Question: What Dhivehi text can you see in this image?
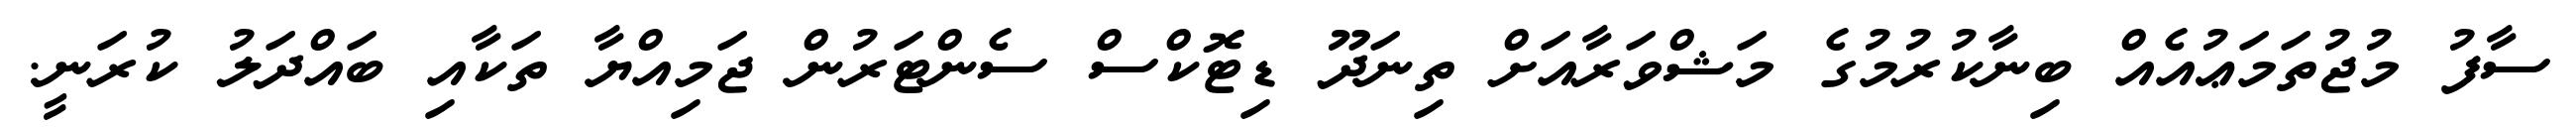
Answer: ސާފު މުޖުތަމަޢުއެއް ބިނާކުރުމުގެ މަޝްވަރާއަށް ތިނަދޫ ޑިޓޮކްސް ސެންޓަރުން ޖަމިއްޔާ ތަކާއި ބައްދަލު ކުރަނީ.